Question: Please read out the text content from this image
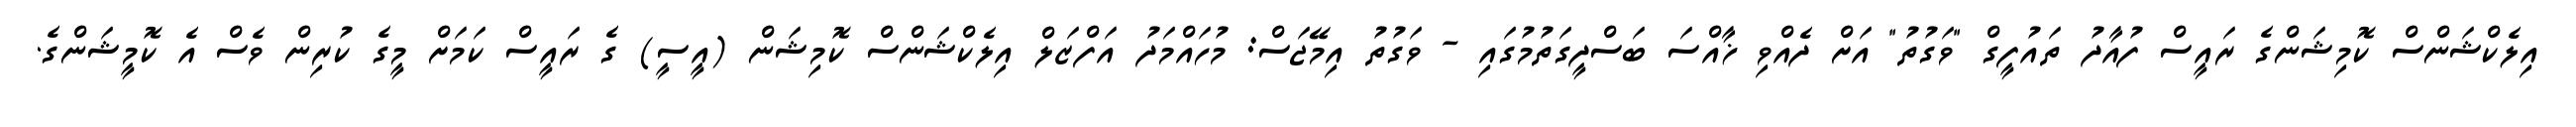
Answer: އިލެކްޝަންސް ކޮމިޝަންގެ ރައީސް ފުއާދު ތައުފީގް "ވަގުތު" އަށް ދެއްވި ޚާއްސަ ބަސްދީގަތުމުގައި - ވަގުތު އިމޭޖަސް: މުހައްމަދު އަފްޒަލް އިލެކްޝަންސް ކޮމިޝަން (އީސީ) ގެ ރައީސް ކަމަށް މީގެ ކުރިން ވެސް އެ ކޮމީޝަންގެ.